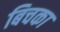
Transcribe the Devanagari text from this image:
बिचका